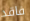
فاقد